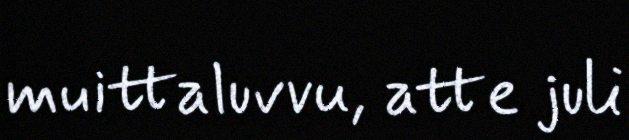
muittaluvvu, atte juli